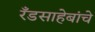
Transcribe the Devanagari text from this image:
रँडसाहेबांचे